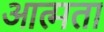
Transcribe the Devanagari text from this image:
आत्मता